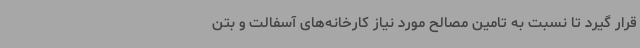
قرار گیرد تا نسبت به تامین مصالح مورد نیاز کارخانه‌های آسفالت و بتن